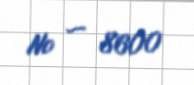
№ — 8600